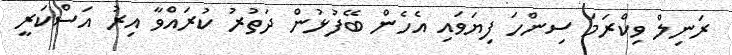
ރަނިލް ވިކްރަމަ ސިންހަ ފިޔަވައި އެހެން ބޭފުޅުން ދަތުރު ކުރައްވާ އިރު އަސްކަރީ